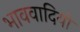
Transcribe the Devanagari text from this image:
भाववादियों